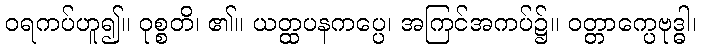
ဝရကပ်ဟူ၍။ ဝုစ္စတိ၊ ၏။ ယတ္ထပနကပ္ပေ၊ အကြင်အကပ်၌။ ဝတ္တာက္ပေဗုဒ္ဓါ၊